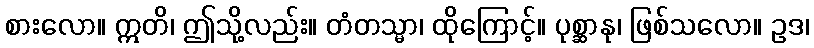
စားလော။ ဣတိ၊ ဤသို့လည်း။ တံတသ္မာ၊ ထိုကြောင့်။ ပုစ္ဆာနု၊ ဖြစ်သလော။ ဥဒ၊